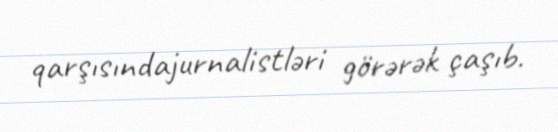
qarşısındajurnalistləri görərək çaşıb.